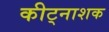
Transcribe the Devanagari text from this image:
कीट्नाशक